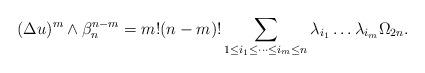
LaTeX: \begin{align*} \begin{aligned} (\Delta u)^{m}\wedge \beta_n ^{n-m}=m!(n-m)!\sum_{1\leq i_1 \leq \dots \leq i_m \leq n}\lambda_{i_1}\dots \lambda_{i_m}\Omega_{2n}.\end{aligned} \end{align*}